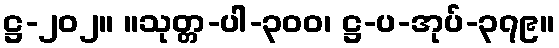
ဋ္ဌ-၂၀၂။ ။သုတ္တ-ပါ-၃၀၀၊ ဋ္ဌ-ပ-အုပ်-၃၇၉။